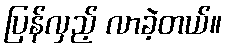
ပြန်လှည့် လာခဲ့တယ်။